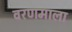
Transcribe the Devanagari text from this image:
वरणमाला